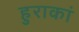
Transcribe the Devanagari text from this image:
हुराकां